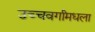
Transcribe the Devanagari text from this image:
उच्चवर्गांमधला